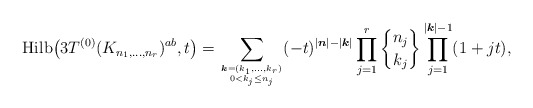
\begin{gather*} {\rm Hilb}\big(3T^{(0)} (K_{n_1,\ldots,n_r})^{ab},t\big) =\sum_{{\boldsymbol{k}}=(k_1,\ldots,k_r)\atop 0 < k_j \le n_j } (-t)^{|{\boldsymbol{n}}|-|{\boldsymbol{k}}|}\prod_{j=1}^{r} {n_j \brace k_j }\prod_{j=1}^{|{\boldsymbol{k}}| -1}(1+j t),\end{gather*}